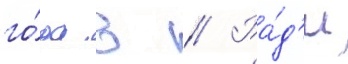
го́да в // Ра́д'и